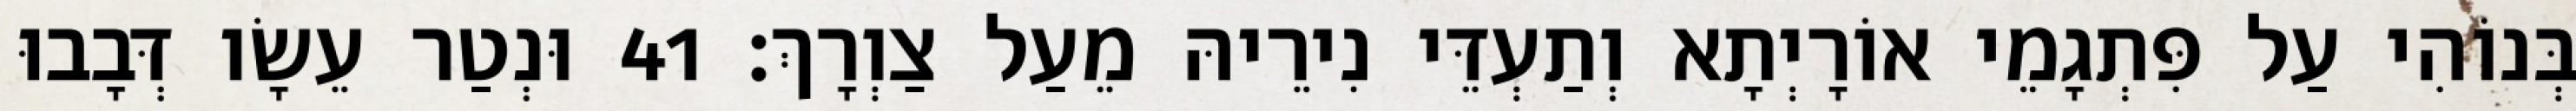
בְּנוֹהִי עַל פִּתְגָמֵי אוֹרָיְתָא וְתַעְדֵּי נִירֵיהּ מֵעַל צַוְרָךְ׃ 41 וּנְטַר עֵשָׂו דְּבָבוּ